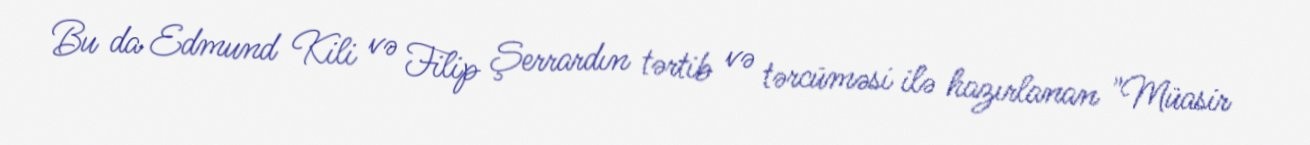
Bu da Edmund Kili və Filip Şerrardın tərtib və tərcüməsi ilə hazırlanan "Müasir